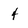
Character: 4